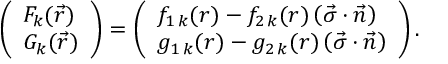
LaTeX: \left( { \begin{array} { l } { { F _ { k } ( \vec { r } ) } } \\ { { G _ { k } ( \vec { r } ) } } \end{array} } \right) = \left( \begin{array} { l } { { f _ { 1 \, k } ( r ) - f _ { 2 \, k } ( r ) \left( \vec { \sigma } \cdot \vec { n } \right) } } \\ { { g _ { 1 \, k } ( r ) - g _ { 2 \, k } ( r ) \left( \vec { \sigma } \cdot \vec { n } \right) } } \end{array} \right) .